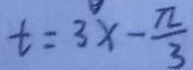
t = 3 x - \frac { \pi } { 3 }